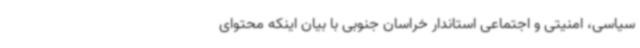
سیاسی، امنیتی و اجتماعی استاندار خراسان جنوبی با بیان اینکه محتوای